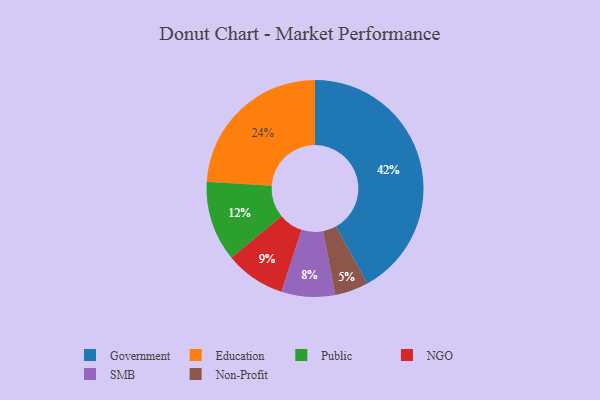
{"axis": {"x": "Category", "y": "Percentage"}, "legend": ["Education", "Government", "NGO", "Non-Profit", "Public", "SMB"], "data": [{"x": "Government", "y": 42, "type": "Government"}, {"x": "Public", "y": 12, "type": "Public"}, {"x": "SMB", "y": 8, "type": "SMB"}, {"x": "Education", "y": 24, "type": "Education"}, {"x": "NGO", "y": 9, "type": "NGO"}, {"x": "Non-Profit", "y": 5, "type": "Non-Profit"}]}